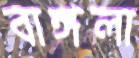
বাঙ্গলা